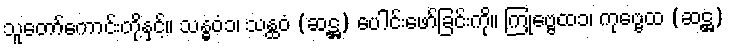
သူတော်ကောင်းတို့နှင့်။ သန္ဓဝံ၁၊ သန္ထဝံ (ဆဋ္ဌ) ပေါင်းဖော်ခြင်းကို။ ကြုဗ္ဗေထ၁၊ ကုဗ္ဗေထ (ဆဋ္ဌ)